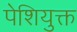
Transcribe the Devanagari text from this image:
पेशियुक्त